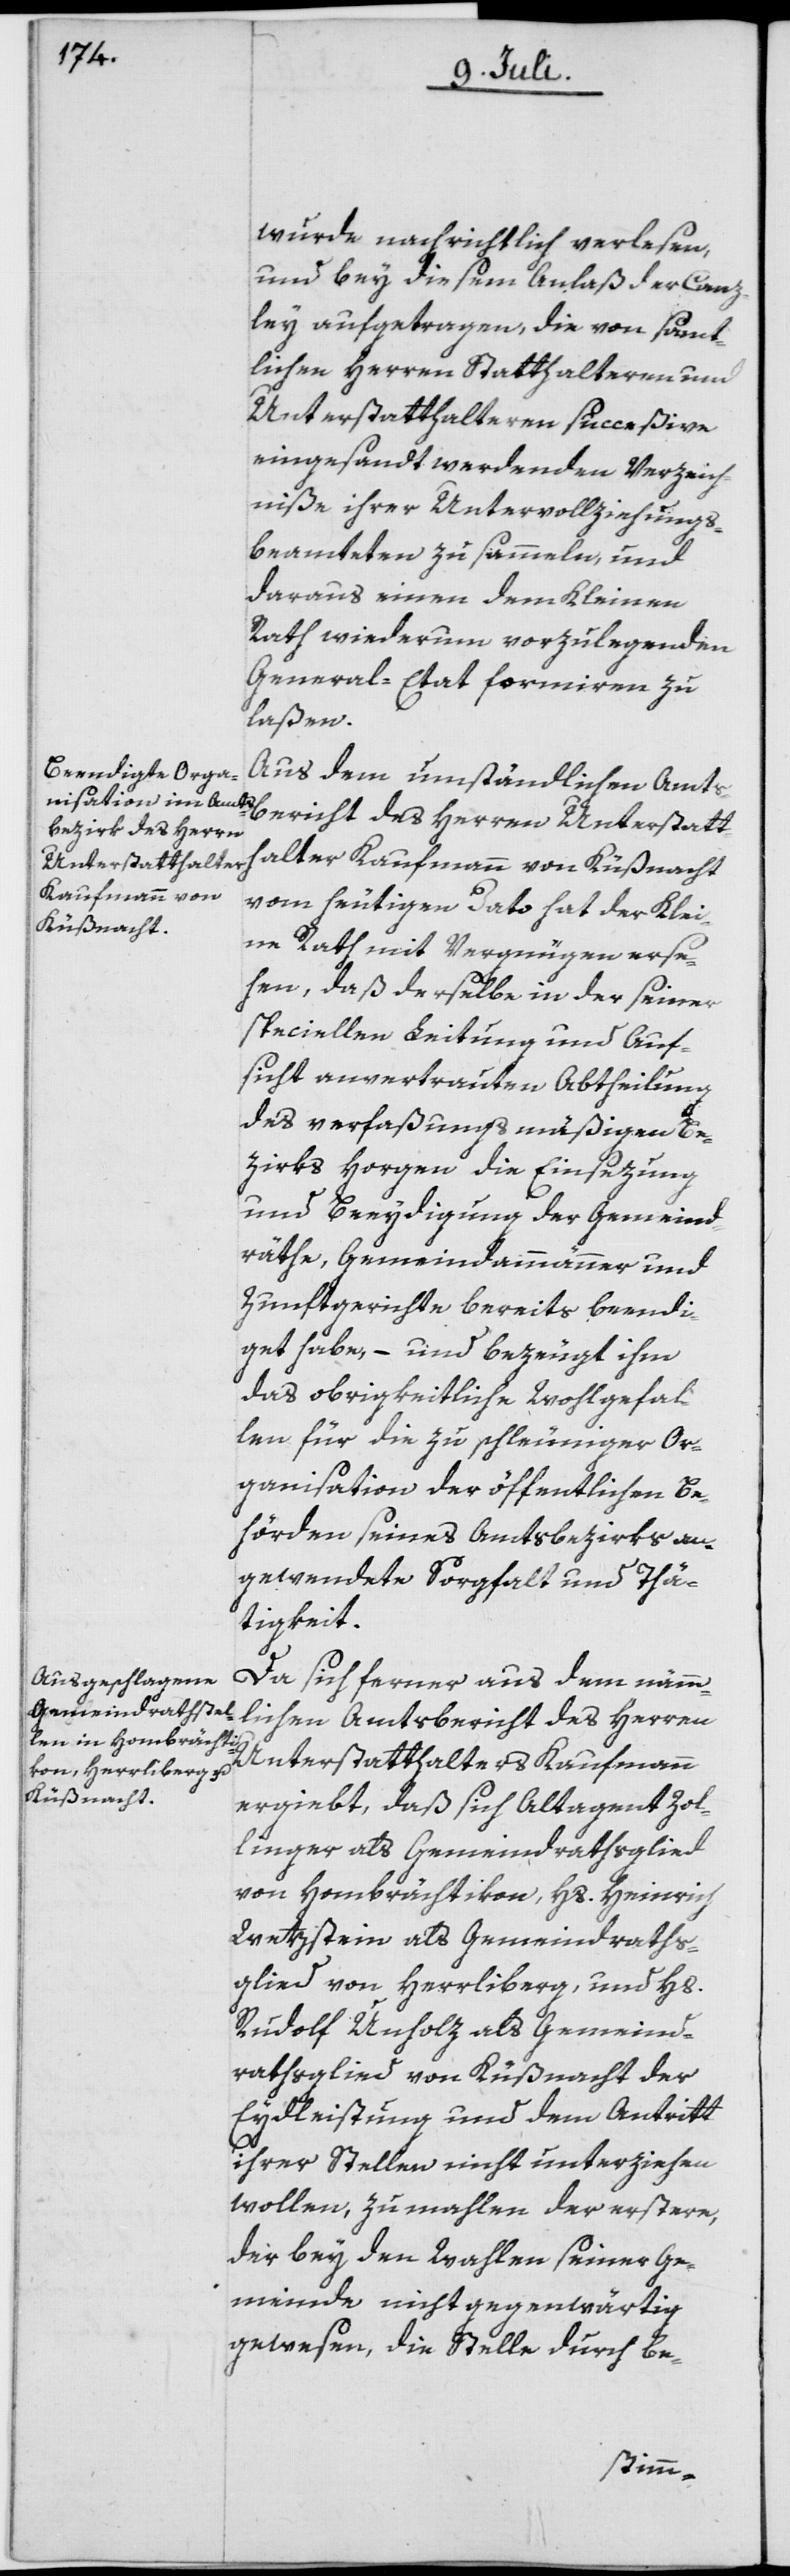
wurde nachrichtlich verlesen,
und bey diesem Anlaß der Canz¬
ley aufgetragen, die von sämt¬
lichen Herren Statthalteren und
Unterstatthalteren succeßive
eingesandt werdenden Verzeich¬
niße ihrer Untervollziehungs¬
beamteten zu sammeln, und
daraus einen dem Kleinen
Rath wiederum vorzulegenden
General-Etat formiren zu
laßen.
Aus dem umständlichen Amts¬
bericht des Herren Unterstatt¬
halter Kaufmann von Küßnacht
vom heutigen Dato hat der Klei¬
ne Rath mit Vergnügen erse¬
hen, daß derselbe in der seiner
speciellen Leitung und Auf¬
sicht anvertrauten Abtheilung
des verfaßungsmäßigen Be¬
zirks Horgen die Einsezung
und Beeydigung der Gemeind¬
räthe, Gemeindammänner und
Zunftgerichte bereits beendi¬
get habe, – und bezeugt ihm
das obrigkeitliche Wohlgefal¬
len für die zu schleuniger Or¬
ganisation der öffentlichen Be¬
hörden seines Amtsbezirks an¬
gewendete Sorgfalt und Thä¬
tigkeit.
Da sich ferner aus dem nämm¬
lichen Amtsbericht des Herren
Unterstatthalters Kaufmann
ergiebt, daß sich Altagent Zol¬
linger als Gemeindrathsglied
von Hombrächtikon, Hs. Heinrich
Wetzstein als Gemeindraths¬
glied von Herrliberg, und Hs.
Rudolf Unholz als Gemeind¬
rathsglied von Küßnacht der
Eydleistung und dem Antritt
ihrer Stellen nicht unterziehen
wollen, zumahlen der erstere,
der bey den Wahlen seiner Ge¬
meinde nicht gegenwärtig
gewesen, die Stelle durch be-